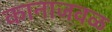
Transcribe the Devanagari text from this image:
कानाजवळ